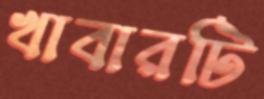
খাবারটি